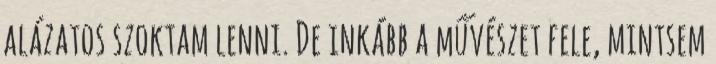
alázatos szoktam lenni. De inkább a művészet fele, mintsem